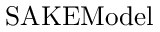
\operatorname { S A K E M o d e l }